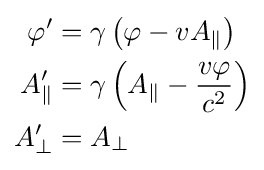
{\begin{aligned}\varphi '&=\gamma \left(\varphi -vA_{\parallel }\right)\\A_{\parallel }'&=\gamma \left(A_{\parallel }-{\frac {v\varphi }{c^{2}}}\right)\\A_{\bot }'&=A_{\bot }\end{aligned}}